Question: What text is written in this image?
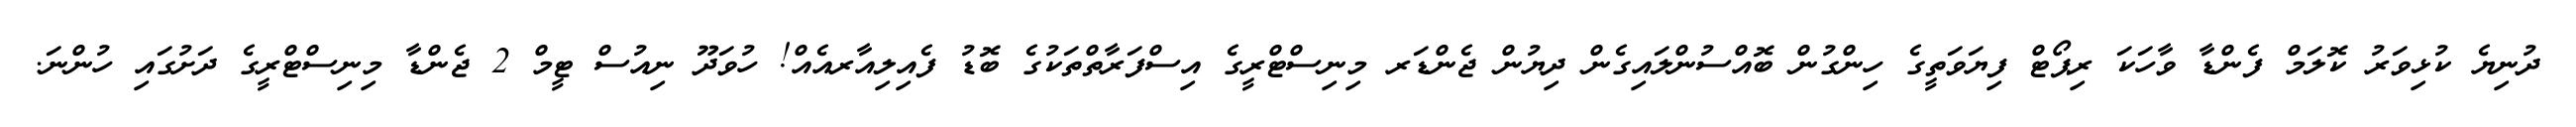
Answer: ދުނިޔެ ކުޅިވަރު ކޮލަމް ފެންޑާ ވާހަކަ ރިޕޯޓް ފިޔަވަތީގެ ހިންގުން ބޮއްސުންލައިގެން ދިޔުން ޖެންޑަރ މިނިސްޓްރީގެ އިސްފަރާތްތަކުގެ ބޮޑު ފެއިލިއާރއެއް! ހުވަދޫ ނިއުސް ޓީމް 2 ޖެންޑާ މިނިސްޓްރީގެ ދަށުގައި ހުންނަ.